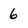
Character: 6